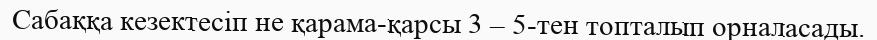
Сабаққа кезектесіп не қарама-қарсы 3 – 5-тен топталып орналасады.